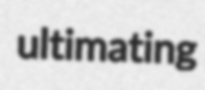
ultimating